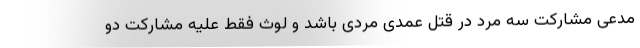
مدعی مشارکت سه مرد در قتل عمدی مردی باشد و لوث فقط علیه مشارکت دو